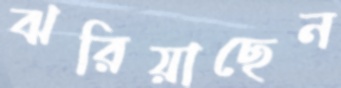
ঝরিয়াছেন